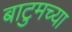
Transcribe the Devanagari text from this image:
बाटुमच्या